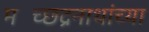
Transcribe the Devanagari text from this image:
मच्छिंद्रनाथांच्या